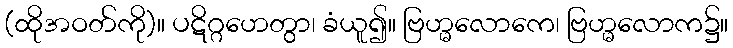
(ထိုအဝတ်ကို)။ ပဋိဂ္ဂဟေတွာ၊ ခံယူ၍။ ဗြဟ္မလောကေ၊ ဗြဟ္မလောက၌။